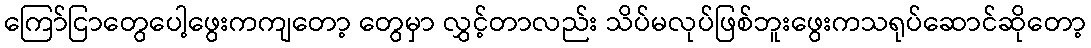
ကြော်ငြာတွေပေါ့ဖွေးကကျတော့ တွေမှာ လွှင့်တာလည်း သိပ်မလုပ်ဖြစ်ဘူးဖွေးကသရုပ်ဆောင်ဆိုတော့